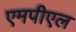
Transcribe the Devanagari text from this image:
एमपीएल